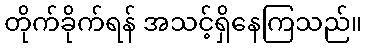
တိုက်ခိုက်ရန် အသင့်ရှိနေကြသည်။